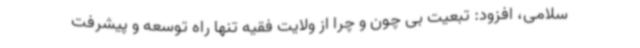
سلامی، افزود: تبعیت بی چون و چرا از ولایت فقیه تنها راه توسعه و پیشرفت